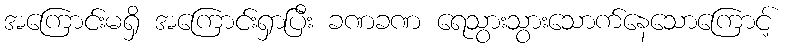
အကြောင်းမရှိ အကြောင်းရှာပြီး ခဏခဏ ရေသွားသွားသောက်နေသောကြောင့်